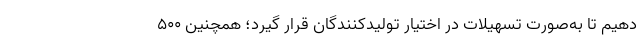
دهیم تا به‌صورت تسهیلات در اختیار تولیدکنندگان قرار گیرد؛ همچنین ۵۰۰